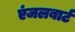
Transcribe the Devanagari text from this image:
एंजलबार्ट